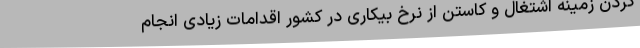
کردن زمینه اشتغال و کاستن از نرخ بیکاری در کشور اقدامات زیادی انجام